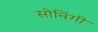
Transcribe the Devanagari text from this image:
सोनिंगी